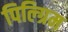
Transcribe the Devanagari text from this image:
पिल्ग्रिम